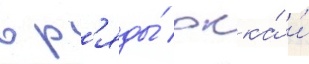
в р'яды́ ркка́ и́